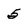
Character: 5